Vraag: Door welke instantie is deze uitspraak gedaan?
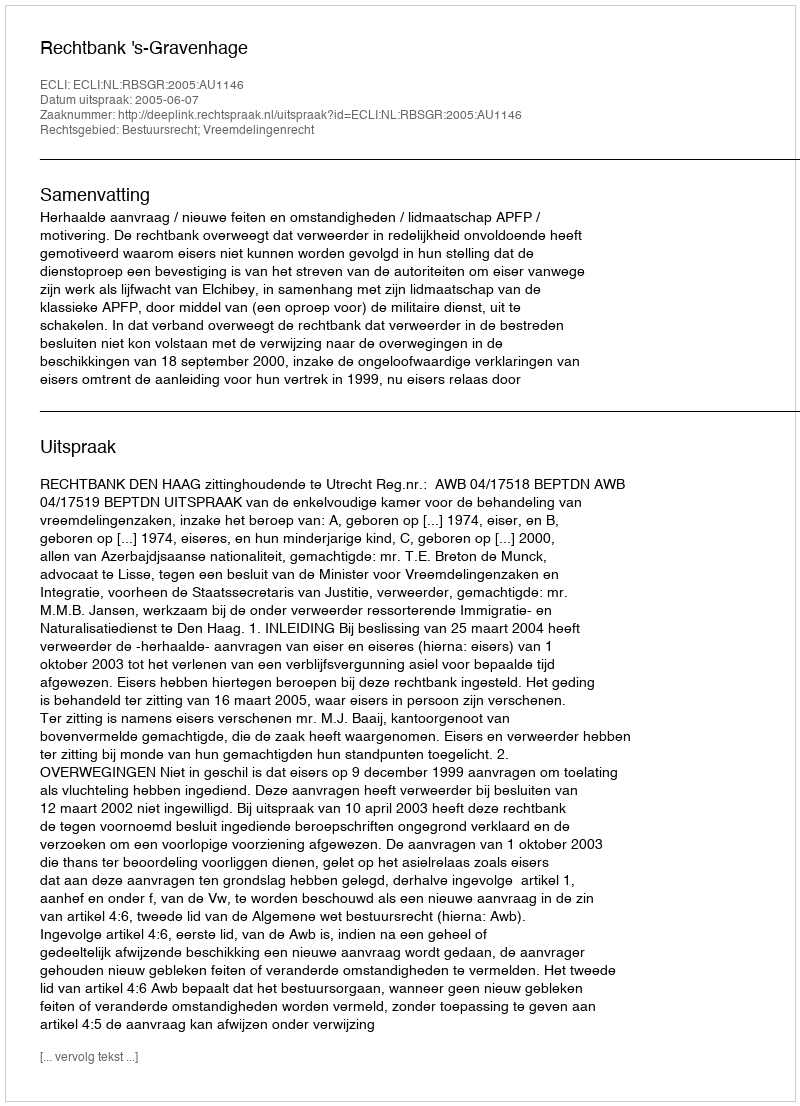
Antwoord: Rechtbank 's-Gravenhage